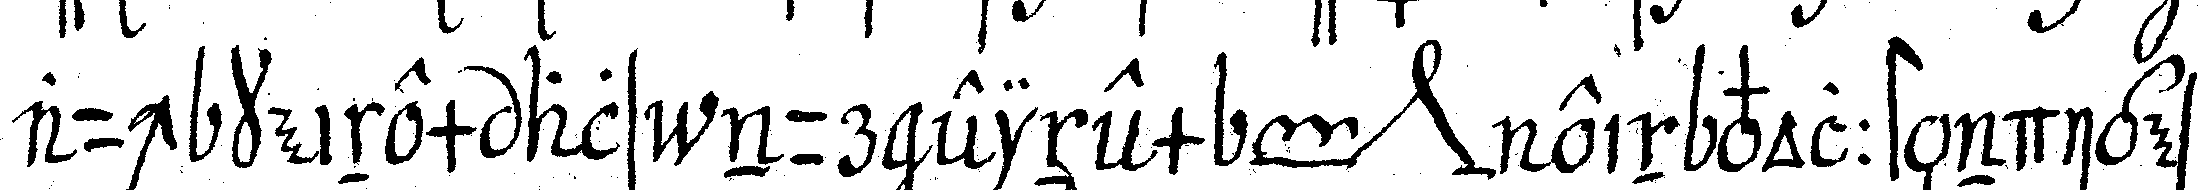
auch keinem als nur einem *toe* *nee* ein vollständiges